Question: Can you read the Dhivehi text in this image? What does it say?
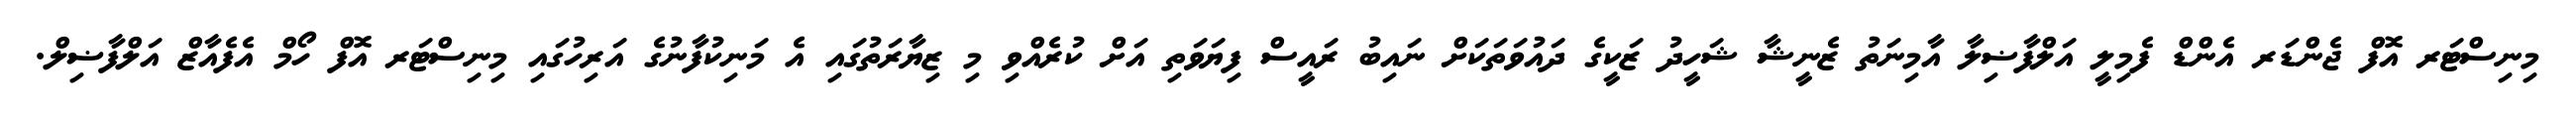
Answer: މިނިސްޓަރ އޮފް ޖެންޑަރ އެންޑް ފެމިލީ އަލްފާޟިލާ އާމިނަތު ޒެނީޝާ ޝަހީދު ޒަކީގެ ދައުވަތަކަށް ނައިބު ރައީސް ފިޔަވަތި އަށް ކުރެއްވި މި ޒިޔާރަތުގައި އެ މަނިކުފާނުގެ އަރިހުގައި މިނިސްޓަރ އޮފް ހޯމް އެފެއާޒް އަލްފާޟިލް.